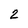
Character: 2